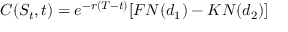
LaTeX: C ( S _ { t } , t ) = e ^ { - r ( T - t ) } [ F N ( d _ { 1 } ) - K N ( d _ { 2 } ) ]